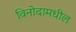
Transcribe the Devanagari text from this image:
विनोदामधील